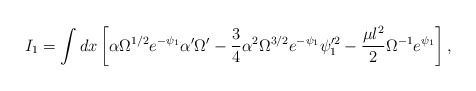
\begin{align*}I_1= \int dx \left[ \alpha \Omega^{1/2} e^{-\psi_1} \alpha' \Omega'-\frac{3}{4} \alpha^2 \Omega^{3/2} e^{-\psi_1} \psi_1^{\prime 2}-\frac{\mu l^2}{2} \Omega^{-1} e^{\psi_1} \right] , \end{align*}